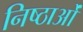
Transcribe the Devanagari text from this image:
निष्ठाओं